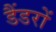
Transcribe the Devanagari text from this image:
डैंडरों